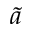
\tilde { a }